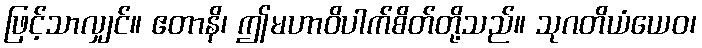
ဖြင့်သာလျှင်။ ဧတာနိ၊ ဤမဟာဝိပါက်စိတ်တို့သည်။ သုဂတိယံယေဝ၊